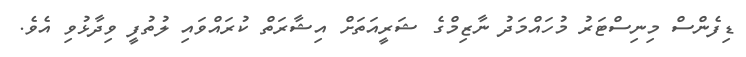
ޑިފެންސް މިނިސްޓަރު މުހައްމަދު ނާޒިމްގެ ޝަރީއަތަށް އިޝާރަތް ކުރައްވައި ލުތުފީ ވިދާޅުވި އެވެ.